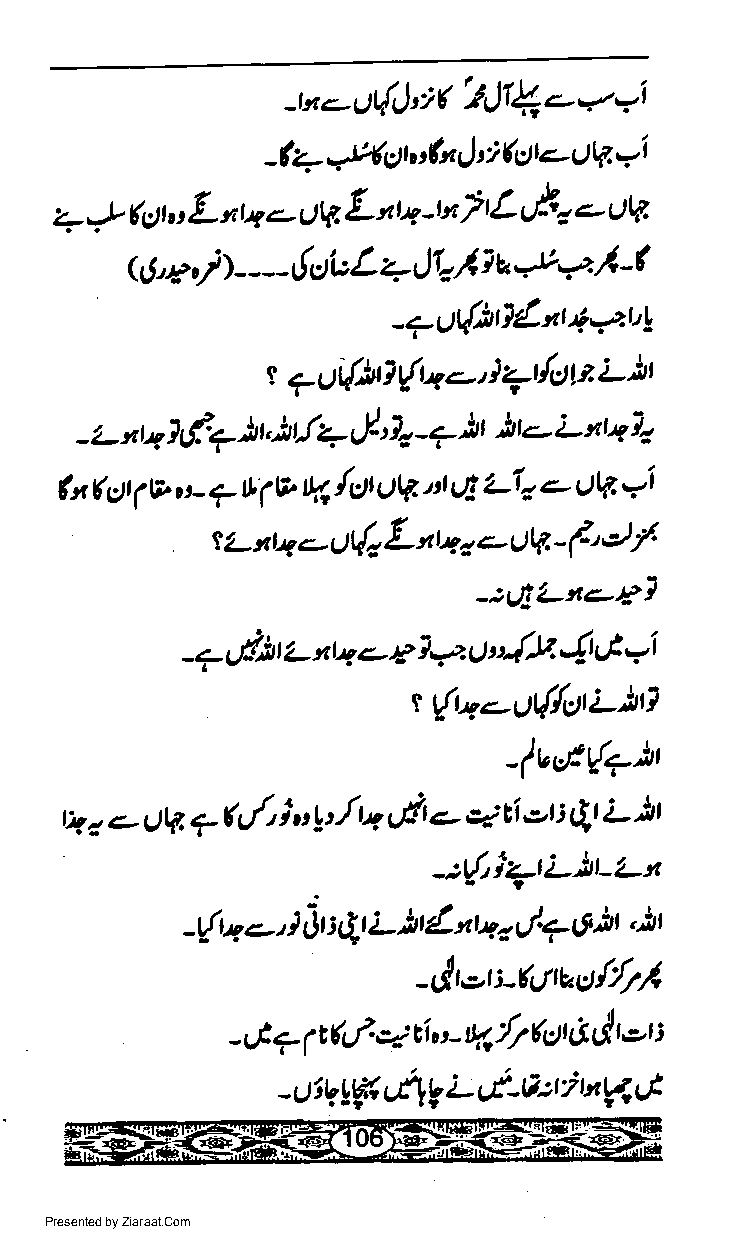
l*c'-u(Ji(  ?Sr$''*=i
 i
 -fu *E( gr in I (sr a- gta
 --                   =i
 ,,,*
 (gt,t L*u1-   Ltt+tn  |rL f-2.- oV
 ol1,
 QJ,c,/) - - - - { ct c L +,)1, I t a *e. . I -(
 -7u(iD{a44ul
 lt
 t 7 ut{b? r{r+ o' } 7do z L
 t
 j'),               it
 - 2- * t1 1 tf:? )t, ) Ll+ -7 )r ) t.- L x r +
 q LI  + gl4'ai
 *t ( Ot lv n- ? tt:( V t4 /c)t OlV. tt a
 t'z- t ta c.- U{a L t u o c- Ul4 - (' J /_
 -:!!'Ltt11,l
 -e gli t L t ta e 1t 1.2. . u ".{y. 4 L} -i
 t r{ra--gt{stL)t7
 -lv,t{+)t
 *          )t
 rq z -- c)tA. * U, i u !t./ rrt,lt c- Ei.zt : Qr !-
 -:rdiTrL)t-'t't
 i               y'7
 -(1 a - it : Qr L )t 4 nu. o 6 it'.it r
 -dbt-Uuuly'71
 j er
 I
 7 14-l*  ti  w lft1t 6
 -
 ",-
 ltqLF r4t€ L tt-A:iufi ct
 -
 Presented by Ziaraat.Com